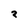
Character: 7